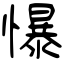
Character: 懪